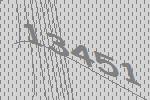
13451